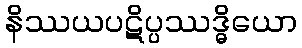
နိဿယပဋိပ္ပဿဒ္ဓိယော